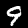
Label: 9